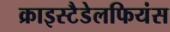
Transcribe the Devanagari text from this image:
क्राइस्टैडेलफियंस